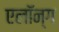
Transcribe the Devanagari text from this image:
एलॉन्ग